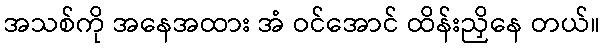
အသစ်ကို အနေအထား အံ ဝင်အောင် ထိန်းညှိနေ တယ်။